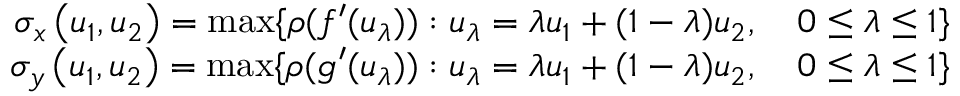
\begin{array} { r } { \sigma _ { x } \left( u _ { 1 } , u _ { 2 } \right) = \operatorname* { m a x } \{ \rho ( f ^ { \prime } ( u _ { \lambda } ) ) : u _ { \lambda } = \lambda u _ { 1 } + ( 1 - \lambda ) u _ { 2 } , \quad 0 \le \lambda \le 1 \} } \\ { \sigma _ { y } \left( u _ { 1 } , u _ { 2 } \right) = \operatorname* { m a x } \{ \rho ( g ^ { \prime } ( u _ { \lambda } ) ) : u _ { \lambda } = \lambda u _ { 1 } + ( 1 - \lambda ) u _ { 2 } , \quad 0 \le \lambda \le 1 \} } \end{array}